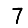
Digit: 7